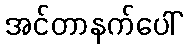
အင်တာနက်ပေါ်